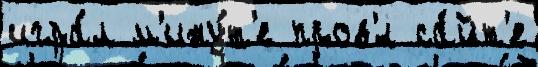
игра́л м'ину́т'е пров'́л са́йт'е